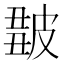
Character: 𤿿